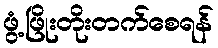
ဖွံ့ဖြိုးတိုးတက်စေရန်